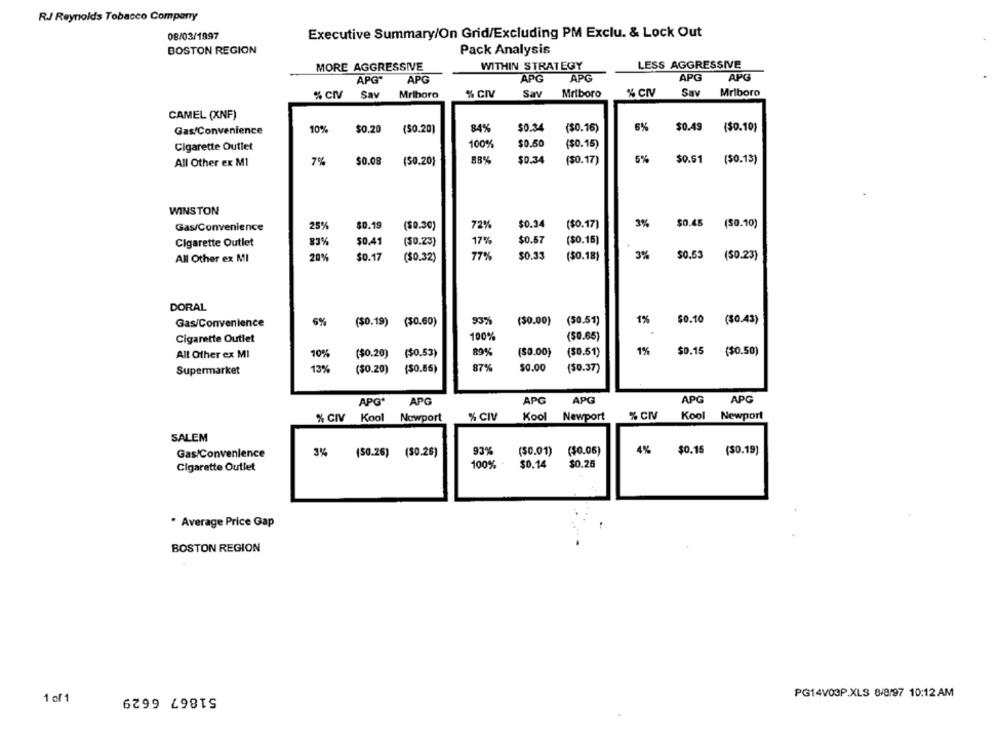
R.J Reynolds Tobacco Company
08/03/1997
Executive Summary/On Grid/Excluding PM Exclu. & Lock Out
BOSTON REGION
Pack Analysis
MORE AGGRESSIVE
WITHIN STRATEGY
LESS AGGRESSIVE
APG"
APG
APG
APG
APG
APG
% CIV
Sav
Mriboro
% CIV
Sav
Mriboro
% CIV
Sav
Mriboro
CAMEL (XNF)
84%
6%
Gas/Convenience
10%
$0.20
($0.20)
$0.34
($0.16)
$0.49
($0.10)
Cigarette Outlet
100%
$0.50
($0.15)
All Other ex M1
7%
$0.08
(50.20)
88%
$0.34
($0.17)
6%
$0.51
($0.13)
WINSTON
3%
$0.45
(50.10)
Gas/Convenience
25%
$0.19
($0.30)
72%
$0.34
($0.17]
Cigarette Outlet
83%
50.41
($0.23)
17%
$0.57
($0.15)
All Other ex MI
20%
$0.17
($0.32)
77%
$0.33
($0.18)
3%
$0.53
($0.23)
DORAL
1%
$0.10
($0.43)
Gas/Convenience
6%
($0.19) ($0.60)
93%
($0.00) (50.51)
Cigarette Outlet
100%
(50.65)
All Other ex MI
10%
($0.20)
($0.53)
89%
(50.00}
($0.51)
1%
$0.15
($0.50)
Supermarket
13%
($0.20)
($0.85)
87%
$0.00
($0.37)
APG
APG
APG
APG
APG
APG*
Kool
% CIV
Kool
Newport
% CIV
Kool Nowport
% CIV
Newport
SALEM
Gas/Convenience
93%
($0.01)
($0.05)
4%
$0.15 ($0.19)
3% (50.26) ($0.26)
Cigarette Outlet
100%
$0.14
$0.25
* Average Price Gap
BOSTON REGION
51867 6629
PG14V03P.XLS 8/8/97 10:12 AM
1 of 1